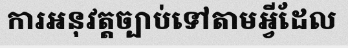
ការអនុវត្តច្បាប់ទៅតាមអ្វីដែល